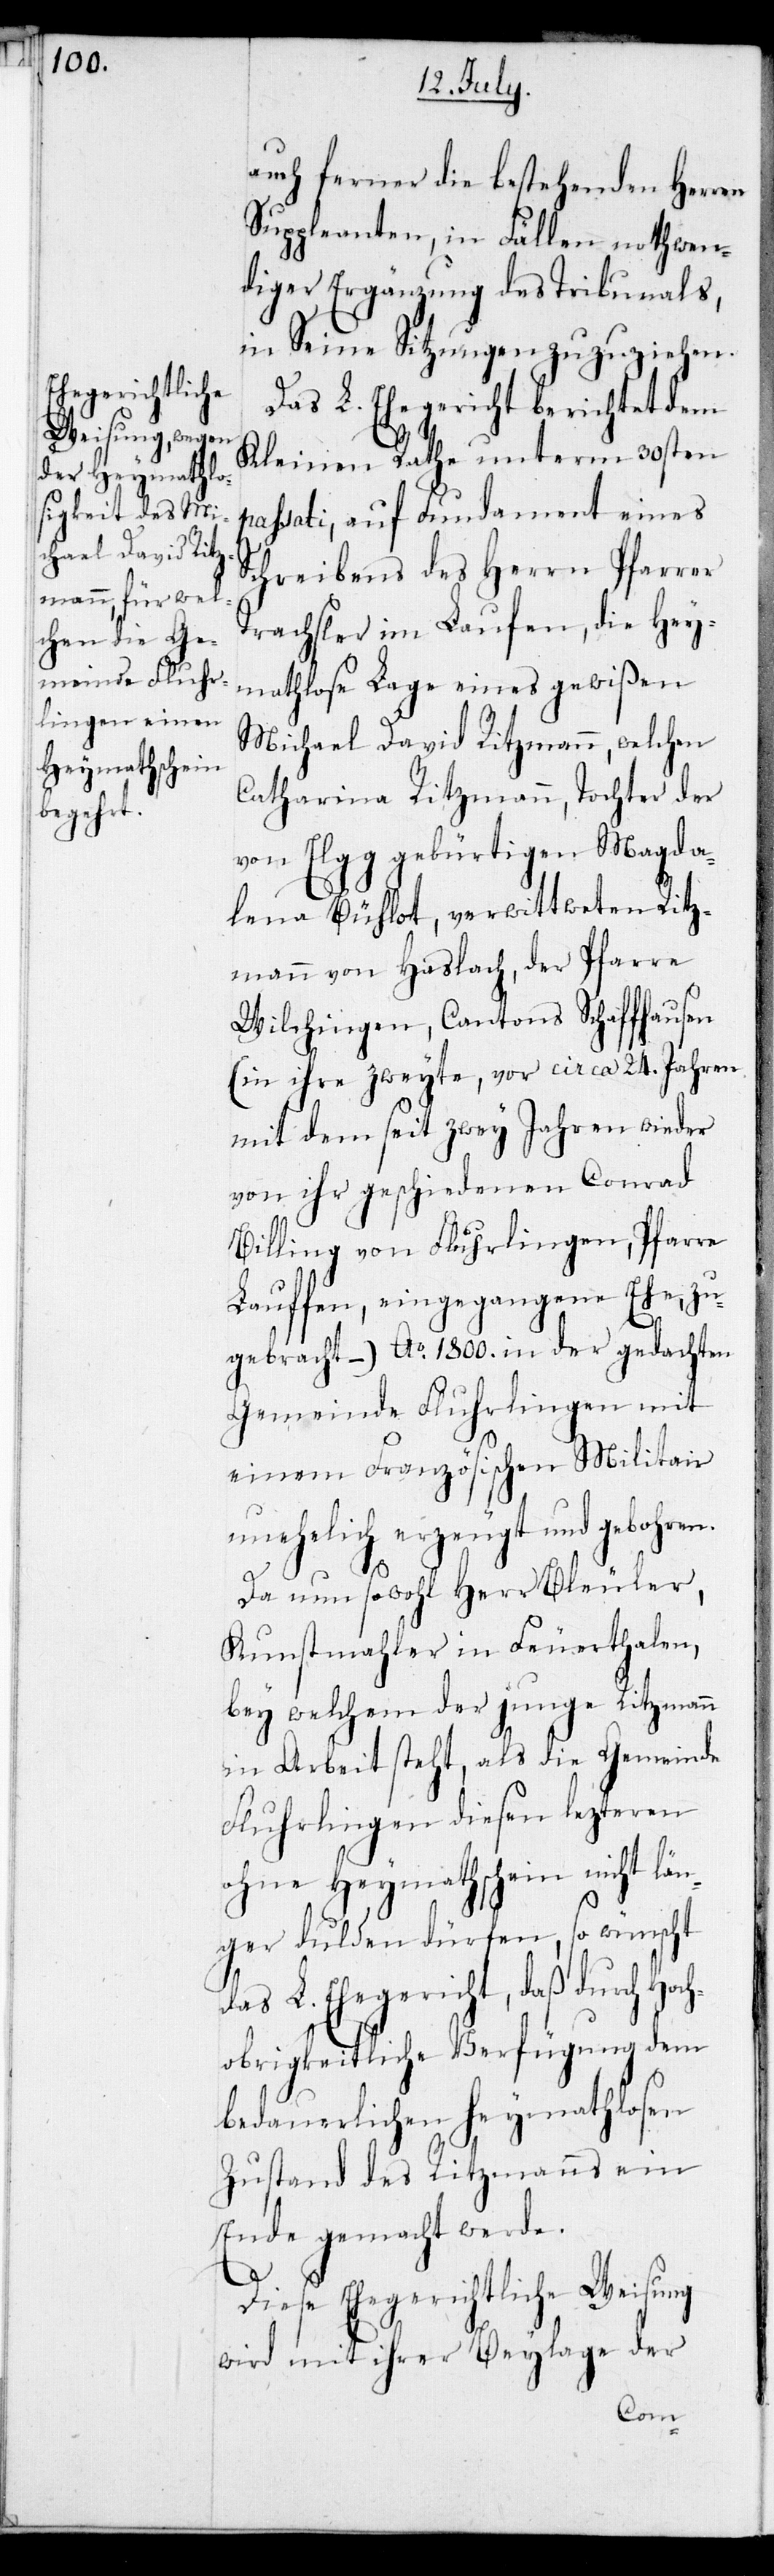
auch ferner die bestehenden Herren
Suppleanten, in Fällen nothwen¬
diger Ergänzung des Tribunals,
in seine Sitzungen zuzuziehen.
Das L. Ehegericht berichtet dem
Kleinen Rathe unterm 30sten
passati, auf Fundament eines
Schreibens des Herrn Pfarrer
Trachsler im Laufen, die Hey¬
mathlose Lage eines gewißen
Michael David Ritzmann, welchen
Catharina Ritzmann, Tochter der
von Elgg gebürtigen Magda¬
lena Bühlot, verwittweten Ritz¬
mann von Haslach, der Pfarre
Wilchingen, Cantons Schaffhausen
(in ihre zweyte, vor circa 24. Jahren
mit dem seit zwey Jahren wieder
von ihr geschiedenen Conrad
Billing von Fluhrlingen, Pfarre
Lauffen, eingegangene Ehe, zu¬
gebracht, – ) Ao 1800. in der gedachten
Gemeinde Flurlingen mit
einem Französischen Militair
unehelich erzeugt und gebohren.
Da nun sowohl Herr Bleuler,
Kunstmahler in Feuerthalen,
bey welchem der junge Ritzmann
in Arbeit steht, als die Gemeinde
Fluhrlingen diesen lezteren
ohne Heymathschein nicht län¬
ger dulden dürfen, so wünscht
das L. Ehegericht, daß durch
obrigkeitliche Verfügung dem
bedauerlichen heymathlosen
Zustand des Ritzmanns ein
Ende gemacht werde.
Diese Ehegerichtliche Weisung
wird mit ihrer Beylage der
Hoch¬